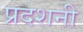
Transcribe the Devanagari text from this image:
प्रदशनी